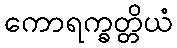
ကောရက္ခတ္တိယံ